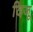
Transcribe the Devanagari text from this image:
दिजू